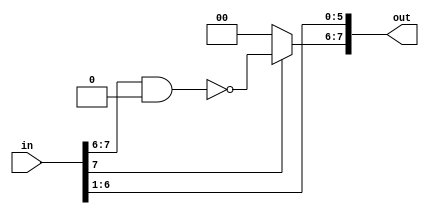
// Shift arithmetic register (SAR)

module sar_n #(parameter N = 3, parameter SHFT = 1)
(
    input [(2 ** N) - 1 : 0] in,
    output reg[(2 ** N) - 1 : 0] out
);
    always @(*)
    begin
        if (in[(2 ** N) - 1] == 0)
        begin
            out[(2 ** N) - 1 : ((2 ** N) - 1 - SHFT)] <= 0;
        end
        else
        begin
            out[(2 ** N) - 1 : ((2 ** N) - 1 - SHFT)] <=~ (in[(2 ** N) - 1 : ((2 ** N) - 1 - SHFT)] & 0);
        end

        out[(2 ** N) - 1 - 1 - SHFT : 0] <= in[(2 ** N) - 1 : SHFT];
    end

endmodule